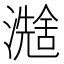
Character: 𪷮